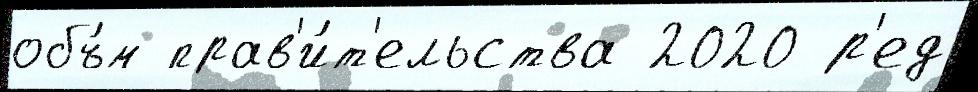
объ́м прав'и́т'ельства 2020 р'ед